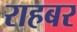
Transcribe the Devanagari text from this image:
राहबर